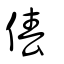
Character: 偆